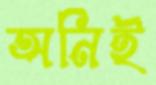
অনিই